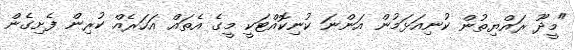
"މީދޫ ރައްޔިތުން ކުނިއަޅަމުން އަންނަ ކުނިކޮއްޓަކީ މީގެ އެތައް އަހަރެއް ކުރިން ފެށިގެން